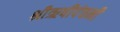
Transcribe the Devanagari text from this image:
श्रीऋषीपंचमी